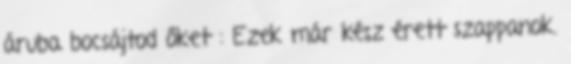
áruba bocsájtod őket : Ezek már kész érett szappanok.